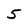
Character: 5